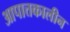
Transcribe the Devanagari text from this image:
आपात्तकालीन